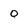
Character: 0